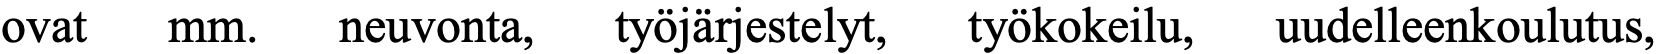
ovat mm.   neuvonta, työjärjestelyt, työkokeilu, uudelleenkoulutus,